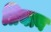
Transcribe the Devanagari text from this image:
प्रियान